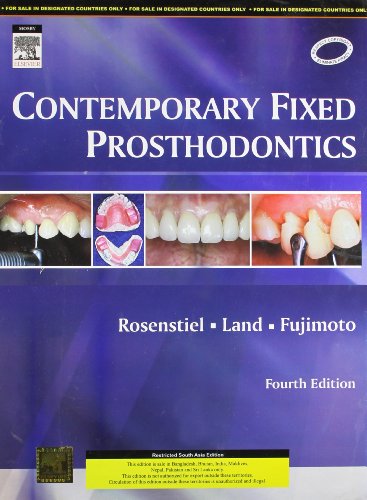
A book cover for Contemporary Fixed Prosthodontics, 4/e; Rosenstiel; Medical Books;